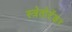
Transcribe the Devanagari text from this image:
स्त्रेतोटेंकर